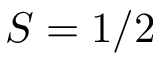
S = 1 / 2